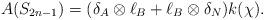
LaTeX: \begin{align*}A(S_{2n-1})=(\delta_A\otimes \ell_B+\ell_B\otimes \delta_N) k(\chi).\end{align*}